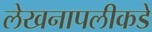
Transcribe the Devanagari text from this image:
लेखनापलीकडे